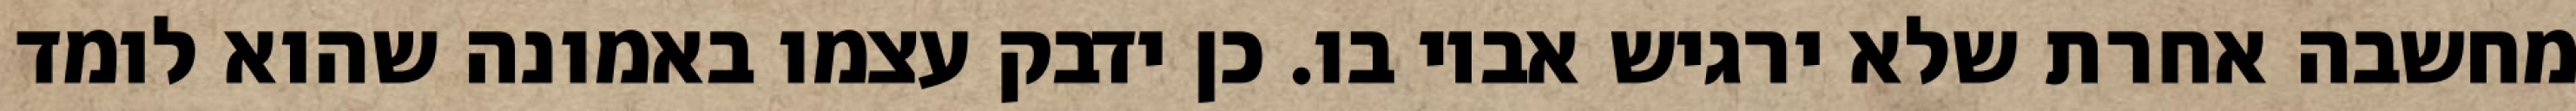
מחשבה אחרת שלא ירגיש אביו בו. כן ידבק עצמו באמונה שהוא לומד